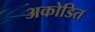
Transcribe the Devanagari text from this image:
अकोडित